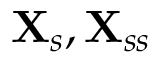
\mathbf { X } _ { s } , \mathbf { X } _ { s s }